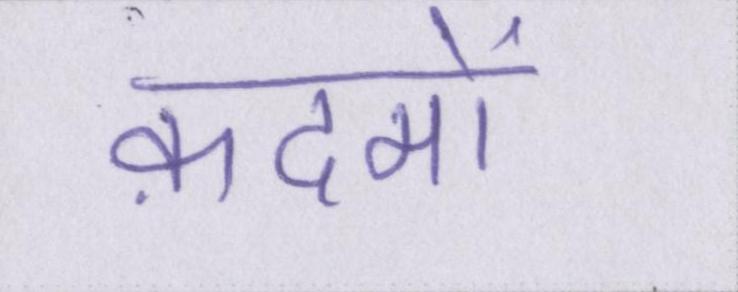
क़दमों